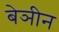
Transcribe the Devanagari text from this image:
बेञीन